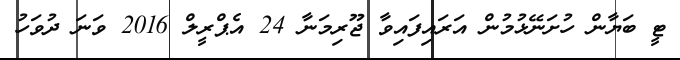
ޓީ ބަޔާން ހުށަނޭޅުމުން އަރައިފައިވާ ޖޫރިމަނާ 24 އެޕްރީލް 2016 ވަނަ ދުވަހު